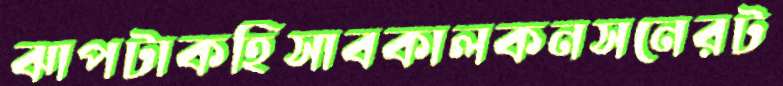
ঝাপটাকহিসাবকালকনসনেরট